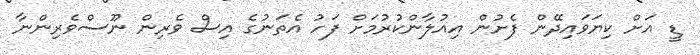
ޑީ އަށް ކިޔަވައިދޭން ފެށުން އިއުލާންކުރުމަށް ފަހު އެތަނުގެ އިސް ވެރިން ނޫސްވެރިންނާ